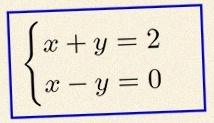
\begin{cases}x+y=2\\x-y=0\end{cases}